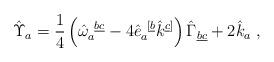
LaTeX: \begin{align*}\hat \Upsilon_{a}=\frac{1}{4}\left(\hat\omega_a^{\ \underline {bc}}-4\hat e_a^{\ [\underline{b}}\hat k^{\underline{c}]}\right)\hat\Gamma_{\underline {bc}} +2\hat k_a\ ,\end{align*}